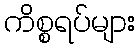
ကိစ္စရပ်များ